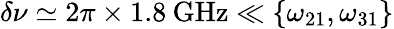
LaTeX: \delta\nu\simeq 2\pi\times 1.8\: \mathrm{GHz}\ll\left\{ \omega_{21},\omega_{31}\right\}